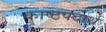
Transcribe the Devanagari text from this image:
काष्ठपदार्थ